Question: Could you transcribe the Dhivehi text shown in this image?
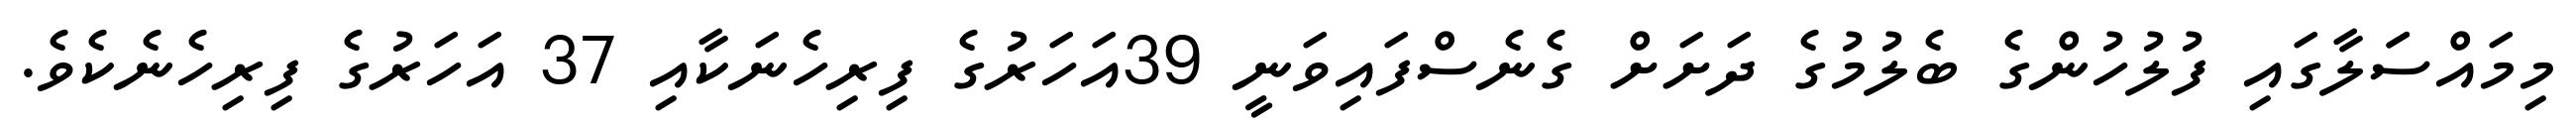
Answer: މިމައްސަަލާގައި ފުލުހުންގެ ބެލުމުގެ ދަށަށް ގެނެސްފައިވަނީ 39އަހަރުގެ ފިރިހެނަކާއި 37 އަހަރުގެ ފިރިހެނެކެވެ.